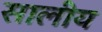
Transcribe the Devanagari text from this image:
सालीय